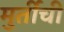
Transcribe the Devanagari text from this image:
मुर्तींची